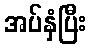
အပ်နှံပြီး